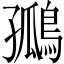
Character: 𪂮